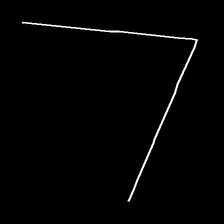
Glyph: region